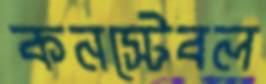
কনস্টেবল